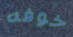
خوفه